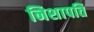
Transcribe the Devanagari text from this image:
निशापति